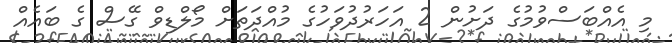
މި އެއްބަސްވުމުގެ ދަށުން 2 އަހަރުދުވަހުގެ މުއްދަތަށް މޯލްޑިވްް ގޭސް ގެ ބައެއް